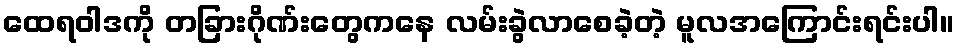
ထေရဝါဒကို တခြားဂိုဏ်းတွေကနေ လမ်းခွဲလာစေခဲ့တဲ့ မူလအကြောင်းရင်းပါ။